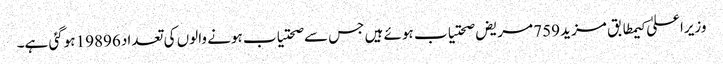
وزیراعلیٰ کیمطابق مزید 759 مریض صحتیاب ہوئے ہیں جس سے صحتیاب ہونے والوں کی تعداد 19896 ہوگئی ہے۔